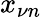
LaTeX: x_{\nu n}